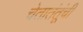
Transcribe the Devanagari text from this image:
चेतातंतूंची